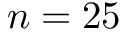
n = 2 5